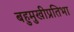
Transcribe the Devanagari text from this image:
बहुमुखीप्रतिभा